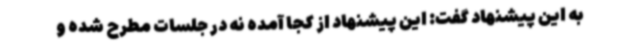
به این پیشنهاد گفت: این پیشنهاد از کجا آمده نه در جلسات مطرح شده و